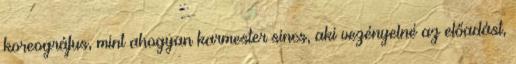
koreográfus, mint ahogyan karmester sincs, aki vezényelné az előadást,